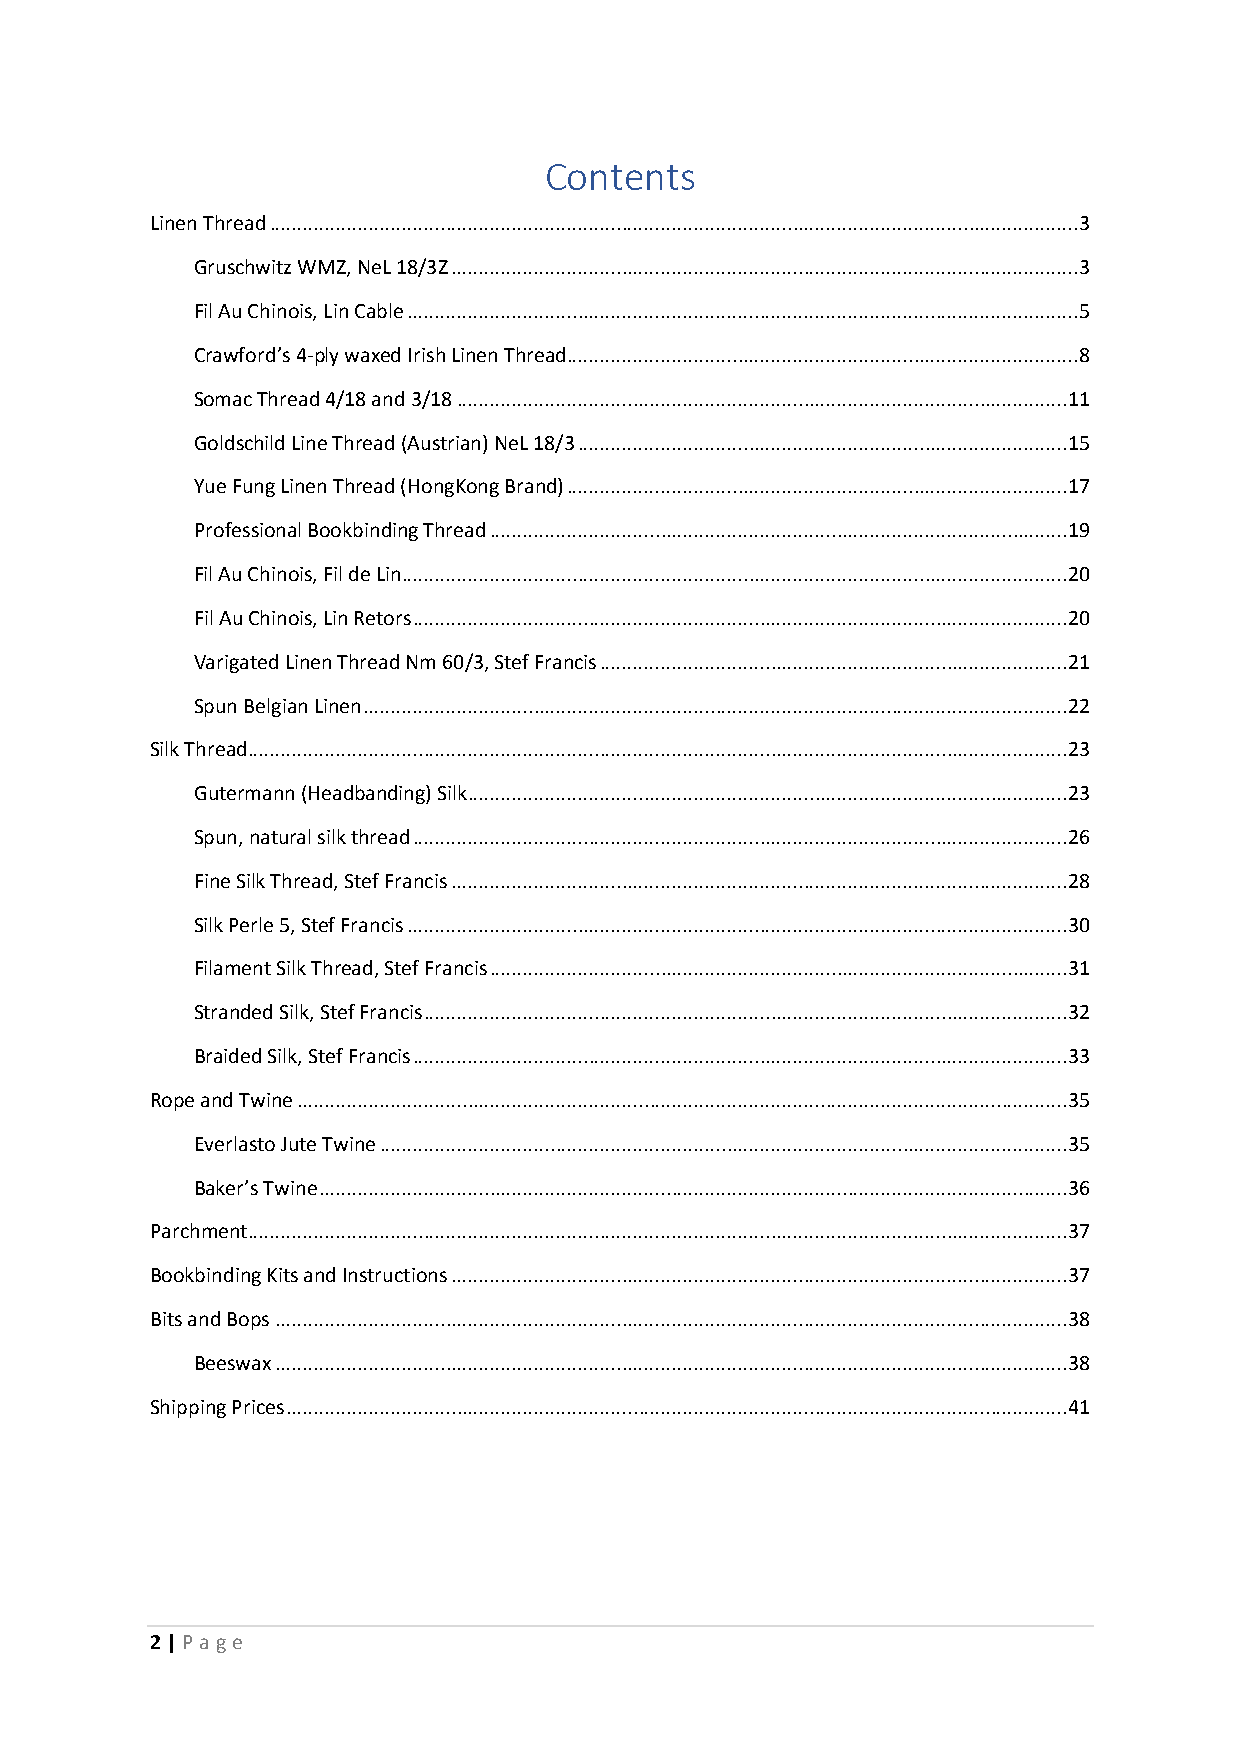
Contents
 Linen Thread ................................................................................................................................................... 3
 Gruschwitz WMZ, NeL 18/3Z .................................................................................................................. 3
 Fil Au Chinois, Lin Cable .......................................................................................................................... 5
 Crawford’s 4-ply waxed Irish Linen Thread ............................................................................................. 8
 Somac Thread 4/18 and 3/18 ...............................................................................................................11
 Goldschild Line Thread (Austrian) NeL 18/3 .........................................................................................15
 Yue Fung Linen Thread (HongKong Brand) ...........................................................................................17
 Professional Bookbinding Thread .........................................................................................................19
 Fil Au Chinois, Fil de Lin .........................................................................................................................20
 Fil Au Chinois, Lin Retors .......................................................................................................................20
 Varigated Linen Thread Nm 60/3, Stef Francis .....................................................................................21
 Spun Belgian Linen ................................................................................................................................22
 Silk Thread.....................................................................................................................................................23
 Gutermann (Headbanding) Silk .............................................................................................................23
 Spun, natural silk thread .......................................................................................................................26
 Fine Silk Thread, Stef Francis ................................................................................................................28
 Silk Perle 5, Stef Francis ........................................................................................................................30
 Filament Silk Thread, Stef Francis .........................................................................................................31
 Stranded Silk, Stef Francis .....................................................................................................................32
 Braided Silk, Stef Francis .......................................................................................................................33
 Rope and Twine ............................................................................................................................................35
 Everlasto Jute Twine .............................................................................................................................35
 Baker’s Twine ........................................................................................................................................36
 Parchment .....................................................................................................................................................37
 Bookbinding Kits and Instructions ................................................................................................................37
 Bits and Bops ................................................................................................................................................38
 Beeswax ................................................................................................................................................38
 Shipping Prices ..............................................................................................................................................41
 2 | P age